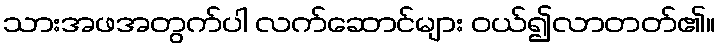
သားအဖအတွက်ပါ လက်ဆောင်များ ဝယ်၍လာတတ်၏။